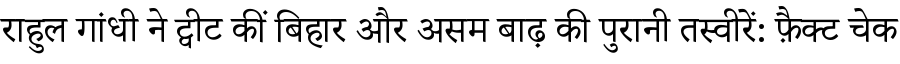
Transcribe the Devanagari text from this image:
राहुल गांधी ने ट्वीट कीं बिहार और असम बाढ़ की पुरानी तस्वीरें: फ़ैक्ट चेक